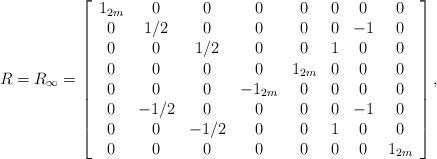
LaTeX: \begin{align*}R=R_{\infty}=\left[\begin{array}{cccccccc}1_{2m} & 0 & 0 & 0 & 0 & 0 & 0 & 0\\0 & 1/2 & 0 & 0 & 0 & 0 & -1 & 0\\0 & 0 & 1/2 & 0 & 0 & 1 & 0 & 0\\0 & 0 & 0 & 0 & 1_{2m} & 0 & 0 & 0\\0 & 0 & 0 & -1_{2m} & 0 & 0 & 0 & 0\\0 & -1/2 & 0 & 0 & 0 & 0 & -1 & 0\\0 & 0 & -1/2 & 0 & 0 & 1 & 0 & 0\\0 & 0 & 0 & 0 & 0 & 0 & 0 & 1_{2m}\end{array}\right],\end{align*}